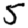
Digit: 5